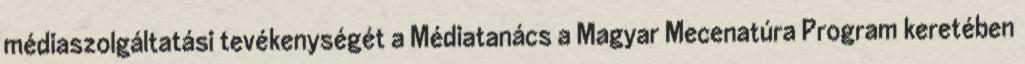
médiaszolgáltatási tevékenységét a Médiatanács a Magyar Mecenatúra Program keretében